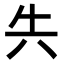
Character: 𭁆